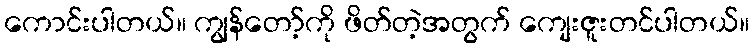
ကောင်းပါတယ်။ ကျွန်တော့်ကို ဖိတ်တဲ့အတွက် ကျေးဇူးတင်ပါတယ်။